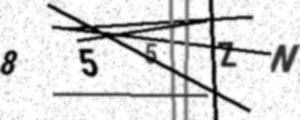
Text: 855ZN